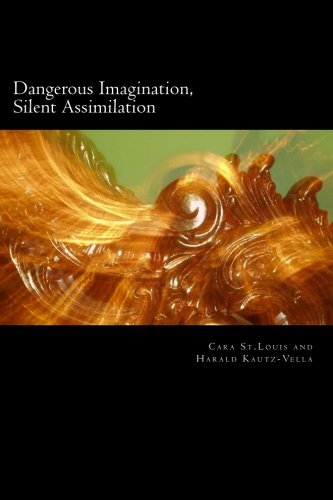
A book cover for Dangerous Imagination, Silent Assimilation; Cara St.Louis; Religion & Spirituality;